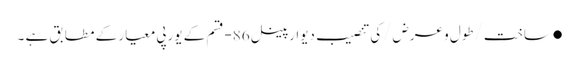
●ساخت/طول و عرض/کی تنصیب دیوار پینل 86-قسم کے یورپی معیار کے مطابق ہے ۔